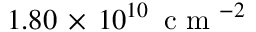
1 . 8 0 \, \times \, 1 0 ^ { 1 0 } \, \mathrm { ~ c ~ m ~ } ^ { - 2 }